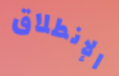
الإنطلاق